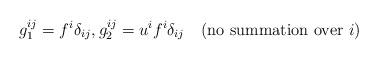
LaTeX: \begin{align*}g_1^{ij} = f^i\delta_{ij} , g_2^{ij} = u^i f^i \delta_{ij} \quad\mbox{(no summation over $i$)}\end{align*}